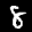
Label: 8